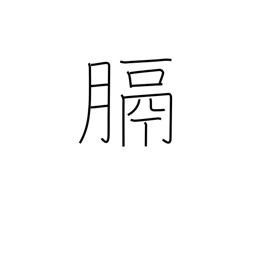
Meaning: diaphragm